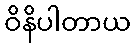
ဝိနိပါတာယ